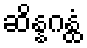
ဆိန္နဂန္ထံ